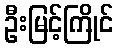
ဦးမြင့်ကြိုင်